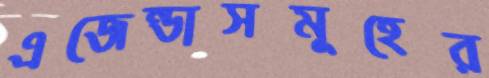
এজেন্ডাসমূহের